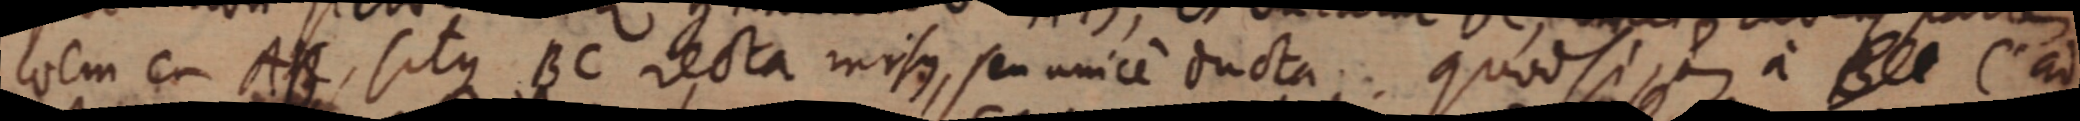
locui e AC, sitque BC recta misus, seu unicem ducta Quod si a _ C ad